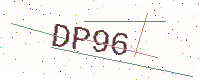
Text: DP96